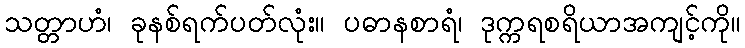
သတ္တာဟံ၊ ခုနစ်ရက်ပတ်လုံး။ ပဓာနစာရံ၊ ဒုက္ကရစရိယာအကျင့်ကို။